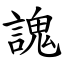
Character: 謉